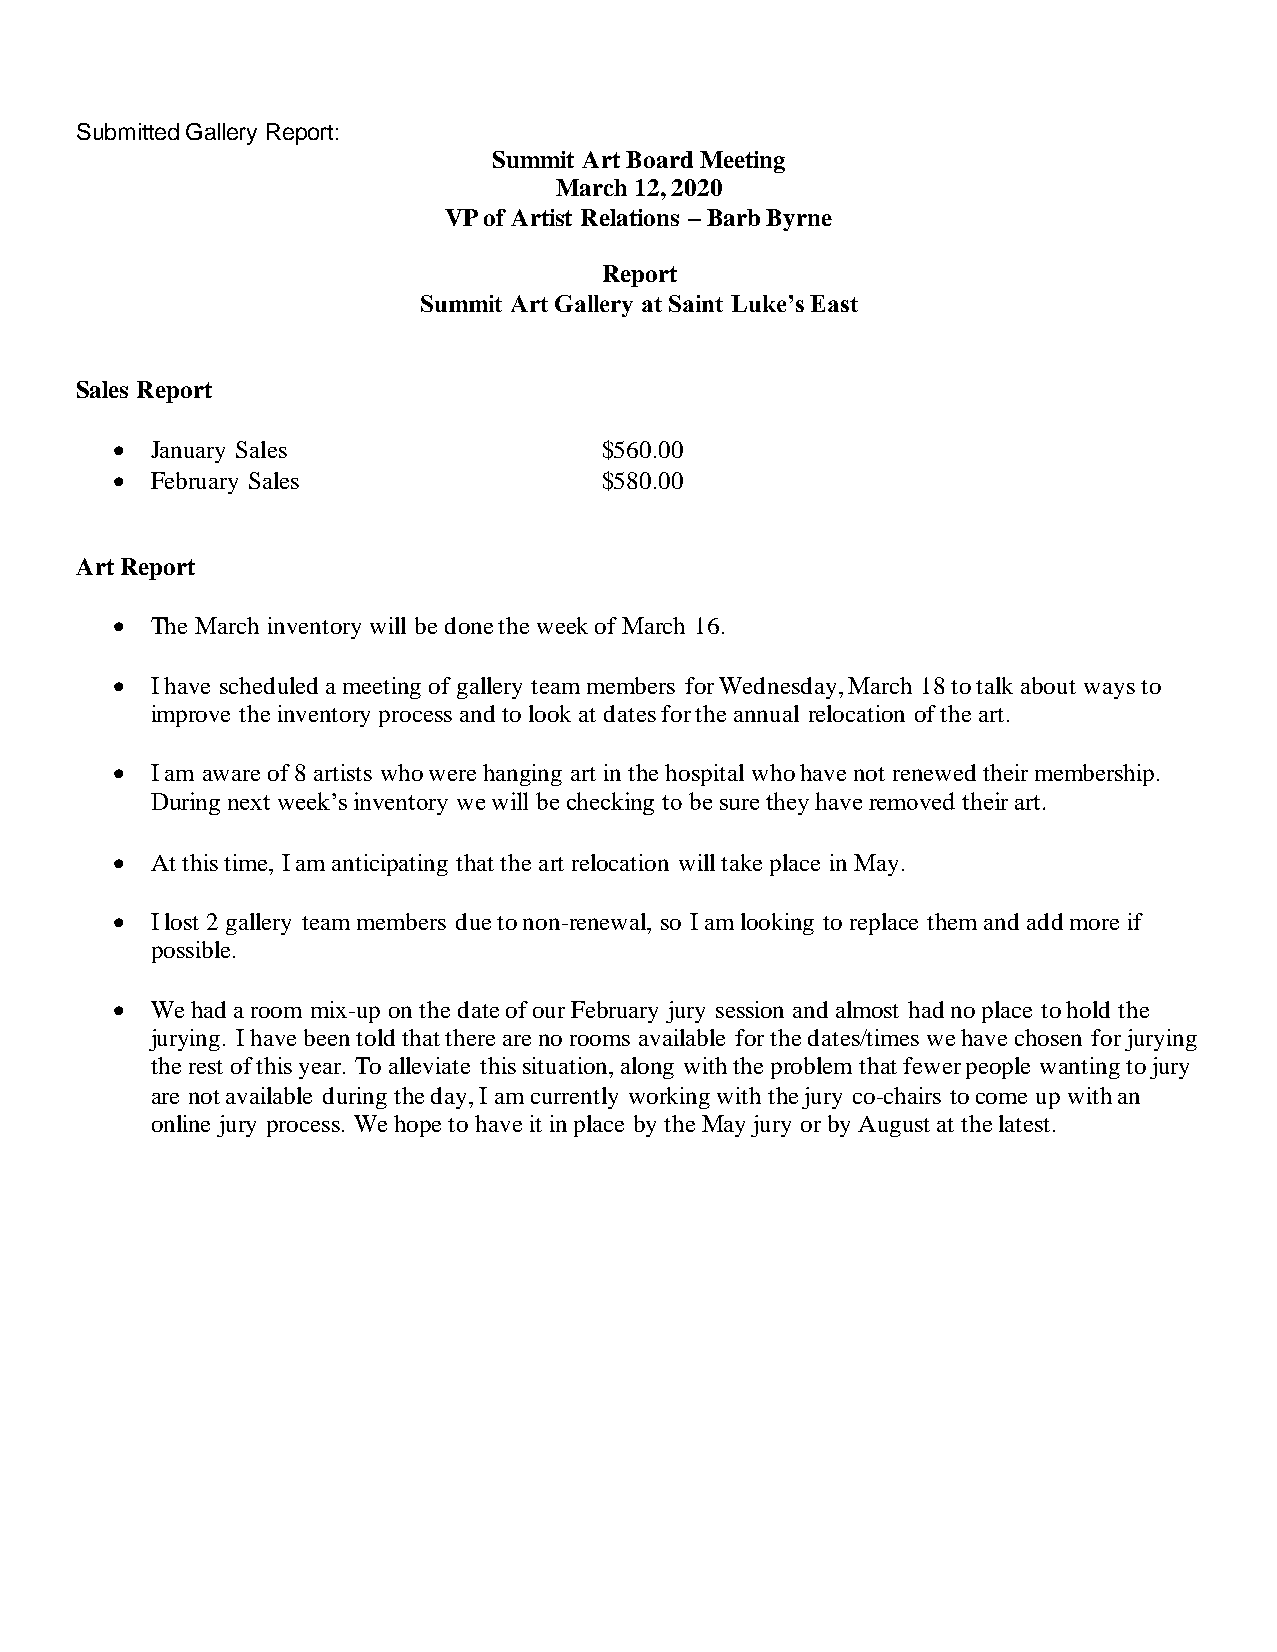
Submitted Gallery Report:
 Summit Art Board Meeting
 March 12, 2020
 VP of Artist Relations – Barb Byrne
 Report
 Summit Art Gallery at Saint Luke’s East
 Sales Report
 • January Sales                 $560.00
 • February Sales                $580.00
 Art Report
 • The March inventory will be done the week of March 16.
 • I have scheduled a meeting of gallery team members for Wednesday, March 18 to talk about ways to
 improve the inventory process and to look at dates for the annual relocation of the art.
 • I am aware of 8 artists who were hanging art in the hospital who have not renewed their membership.
 During next week’s inventory we will be checking to be sure they have removed their art.
 • At this time, I am anticipating that the art relocation will take place in May.
 • I lost 2 gallery team members due to non-renewal, so I am looking to replace them and add more if
 possible.
 • We had a room mix-up on the date of our February jury session and almost had no place to hold the
 jurying. I have been told that there are no rooms available for the dates/times we have chosen for jurying
 the rest of this year. To alleviate this situation, along with the problem that fewer people wanting to jury
 are not available during the day, I am currently working with the jury co-chairs to come up with an
 online jury process. We hope to have it in place by the May jury or by August at the latest.